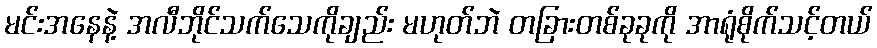
မင်းအနေနဲ့ အလီဘိုင်သက်သေကိုချည်း မဟုတ်ဘဲ တခြားတစ်ခုခုကို အာရုံစိုက်သင့်တယ်